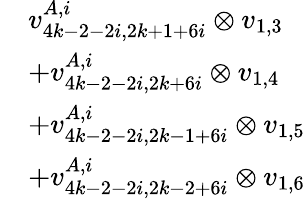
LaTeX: \begin{array}{rl}&{v_{4k-2-2i,2k+1+6i}^{A,i}\otimes v_{1,3}}\\ &{+v_{4k-2-2i,2k+6i}^{A,i}\otimes v_{1,4}}\\ &{+v_{4k-2-2i,2k-1+6i}^{A,i}\otimes v_{1,5}}\\ &{+v_{4k-2-2i,2k-2+6i}^{A,i}\otimes v_{1,6}}\end{array}